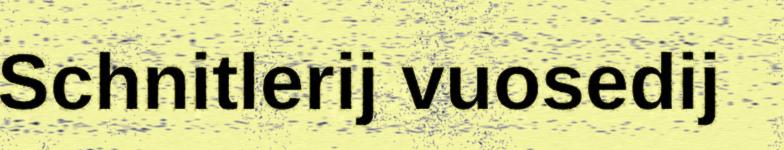
Schnitlerij vuosedij